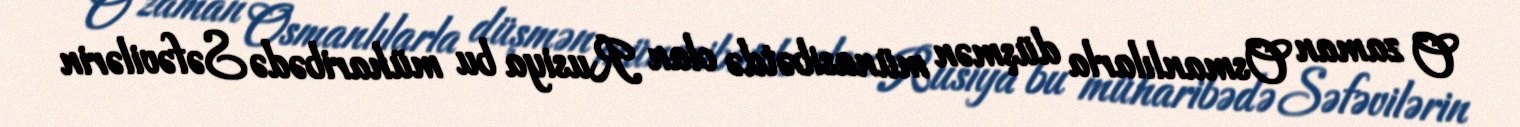
O zaman Osmanlılarla düşmən münasibətdə olan Rusiya bu müharibədə Səfəvilərin